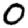
Digit: 0